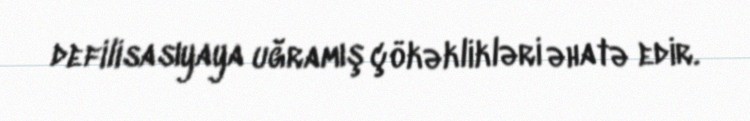
defilisasıyaya uğramış çökəklikləri əhatə edir.